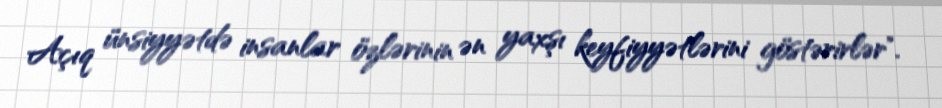
Açıq ünsiyyətdə insanlar özlərinin ən yaxşı keyfiyyətlərini göstərirlər".